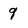
Character: 9